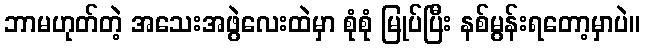
ဘာမဟုတ်တဲ့ အသေးအဖွဲလေးထဲမှာ စုံစုံ မြုပ်ပြီး နစ်မွန်းရတော့မှာပဲ။